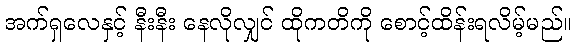
အက်ရှလေနှင့် နီးနီး နေလိုလျှင် ထိုကတိကို စောင့်ထိန်းရလိမ့်မည်။